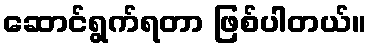
ဆောင်ရွက်ရတာ ဖြစ်ပါတယ်။